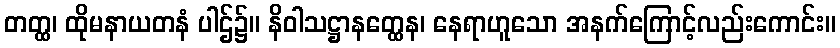
တတ္ထ၊ ထိုမနာယတနံ ပါဌ်၌။ နိဝါသဋ္ဌာနတ္ထေန၊ နေရာဟူသော အနက်ကြောင့်လည်းကောင်း။